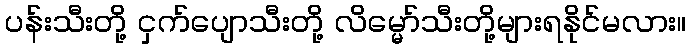
ပန်းသီးတို့ ငှက်ပျောသီးတို့ လိမ္မော်သီးတို့များရနိုင်မလား။